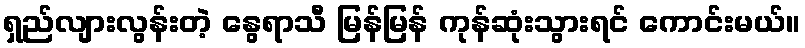
ရှည်လျားလွန်းတဲ့ နွေရာသီ မြန်မြန် ကုန်ဆုံးသွားရင် ကောင်းမယ်။